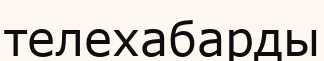
телехабарды